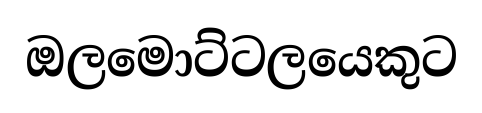
ඔලමොට්ටලයෙකුට